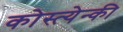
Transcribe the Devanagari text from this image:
कोस्त्येन्की